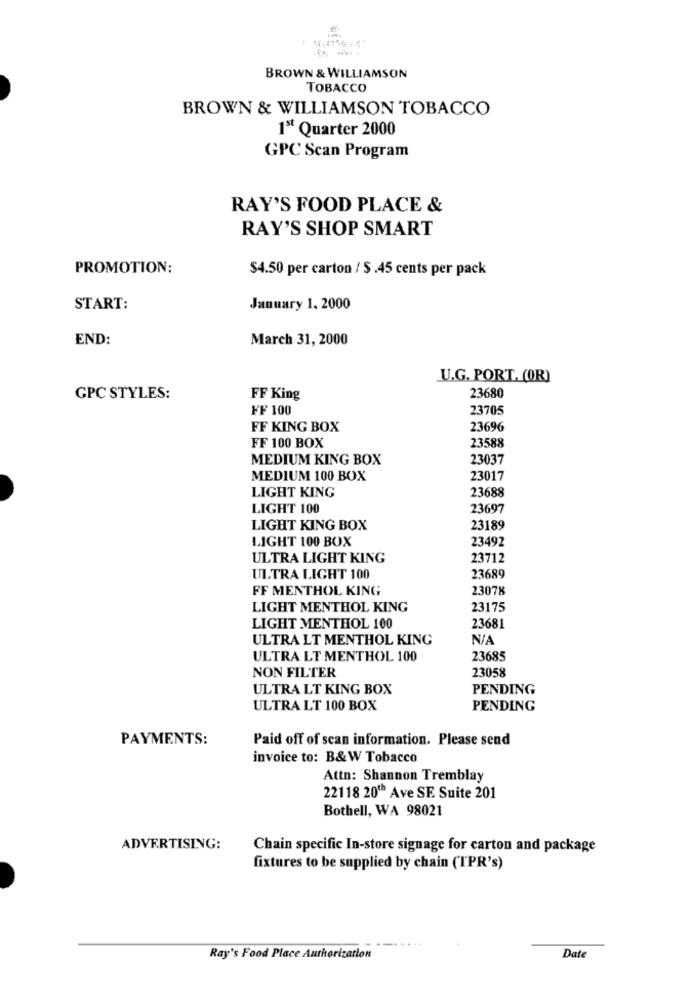
BROWN & WILLIAMSON
TOBACCO
BROWN & WILLIAMSON TOBACCO
1st Quarter 2000
GPC Scan Program
RAY'S FOOD PLACE &
RAY'S SHOP SMART
PROMOTION:
$4.50 per carton / $.45 cents per pack
START:
January 1, 2000
END:
March 31, 2000
U.G. PORT. (OR)
GPC STYLES:
FF King
23680
FF 100
23705
FF KING BOX
23696
23588
FF 100 BOX
MEDIUM KING BOX
23037
MEDIUM 100 BOX
23017
23688
LIGHT KING
LIGHT 100
23697
LIGHT KING BOX
23189
LIGHT 100 BOX
23492
ULTRA LIGHT KING
23712
ULTRA LIGHT 100
23689
FF MENTHOL KING
23078
LIGHT MENTHOL KING
23175
LIGHT MENTHOL 100
23681
ULTRA LT MENTHOL KING
ULTRA LT MENTHOL 100
23685
NON FILTER
23058
ULTRA LT KING BOX
PENDING
ULTRA LT 100 BOX
PENDING
PAYMENTS:
Paid off of scan information. Please send
invoice to: B&W Tobacco
Attn: Shannon Tremblay
22118 20" Ave SE. Suite 201
Bothell, WA 98021
ADVERTISING:
Chain specific In-store signage for carton and package
fixtures to be supplied by chain (TPR's)
...
Ray's Food Place Authorization
Date